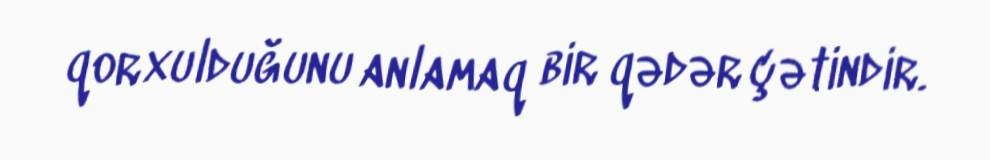
qorxulduğunu anlamaq bir qədər çətindir.